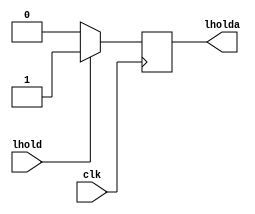
module assign_test_b (
                       clk,
                       lhold,
                       lholda
);
input clk;
input lhold;
output lholda;
reg lholda_r;
  always @(posedge clk)
  if (lhold)
     lholda_r<=lhold;
  else
     lholda_r<=0;
 assign  lholda=lholda_r;
endmodule